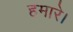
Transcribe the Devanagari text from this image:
हमारे।